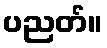
ပညတ်။